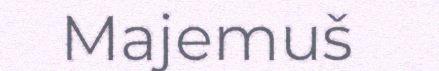
Majemuš